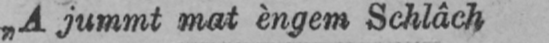
„A Jummt mat èngem Schlâch